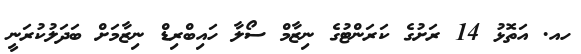
ހއ. އަތޮޅު 14 ރަށުގެ ކަރަންޓުގެ ނިޒާމް ސޯލާ ހައިބްރިޑް ނިޒާމަށް ބަދަލުކުރަނީ